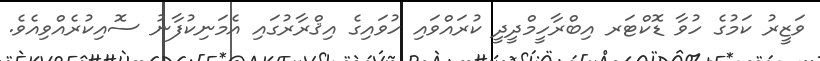
ވަޒީރު ކަމުގެ ހުވާ ޑޮކްޓަރ އިބްރާހީމްދީދީ ކުރައްވައި ހުވައިގެ އިޤްރާރުގައި އެމަނިކުފާނު ސޮއިކުރެއްވިއެވެ.